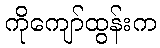
ကိုကျော်ထွန်းက